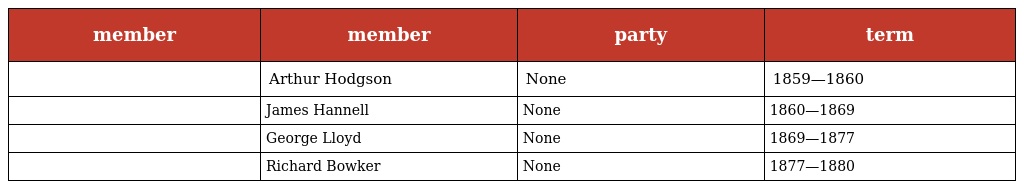
| member | member | party | term |
 | --- | --- | --- | --- |
 |  | Arthur Hodgson | None | 1859—1860 |
 |  | James Hannell | None | 1860—1869 |
 |  | George Lloyd | None | 1869—1877 |
 |  | Richard Bowker | None | 1877—1880 |